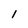
Character: 1